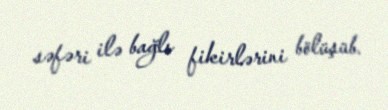
səfəri ilə bağlı fikirlərini bölüşüb.